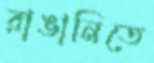
রাঙানিতে